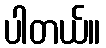
ပါတယ်။